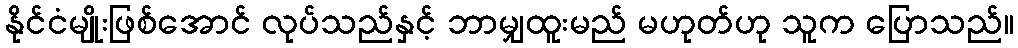
နိုင်ငံမျိုးဖြစ်အောင် လုပ်သည်နှင့် ဘာမျှထူးမည် မဟုတ်ဟု သူက ပြောသည်။